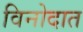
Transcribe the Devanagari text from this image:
विनोदात